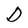
Character: D